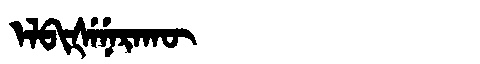
Manchu: ᡝᠯᠪᡳᡧᡝᠨᡝᡵᠠᡴᡡ
Romanization: ELBIŠENERAKŪ